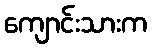
ကျောင်းသားက